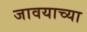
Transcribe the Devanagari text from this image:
जावयाच्या